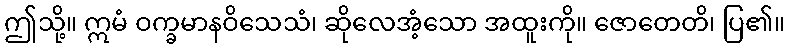
ဤသို့။ ဣမံ ဝက္ခမာနဝိသေသံ၊ ဆိုလေအံ့သော အထူးကို။ ဇောတေတိ၊ ပြ၏။